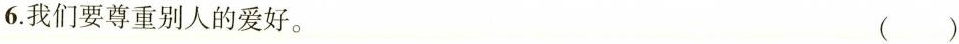
6.我们要尊重别人的爱好。 ()